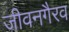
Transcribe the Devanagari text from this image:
जीवनगैरव